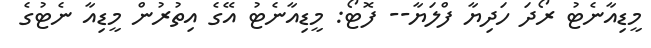
މީޑިއާނެޓު ރޯދަ ހަދިޔާ ފްލަޔާ-- ފޮޓޯ: މީޑިއާނެޓު އޭގެ އިތުރުން މީޑިއާ ނެޓުގެ